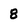
Character: 8